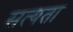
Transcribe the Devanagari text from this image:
सत्‍यता